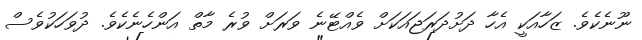
ނޫނެކެވެ. ޒަހާއަކީ އެހާ ދަށުދަރަޖައަކަށް ވެއްޓޭނެ ވަރަށް ވުރެ މާތް އަންހެނެކެވެ. ދުވަހަކުވެސް